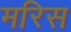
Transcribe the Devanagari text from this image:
मरिस